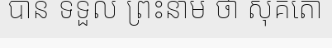
បាន ទទួល ព្រះនាម ថា សុគតោ